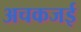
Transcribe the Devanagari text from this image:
अचकजई